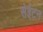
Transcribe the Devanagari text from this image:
सेईटन